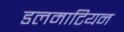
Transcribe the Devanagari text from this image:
डलमाटियन